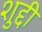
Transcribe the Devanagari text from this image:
शुद्दी